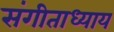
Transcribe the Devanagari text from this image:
संगीताध्याय